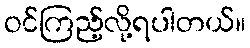
ဝင်ကြည့်လို့ရပါတယ်။